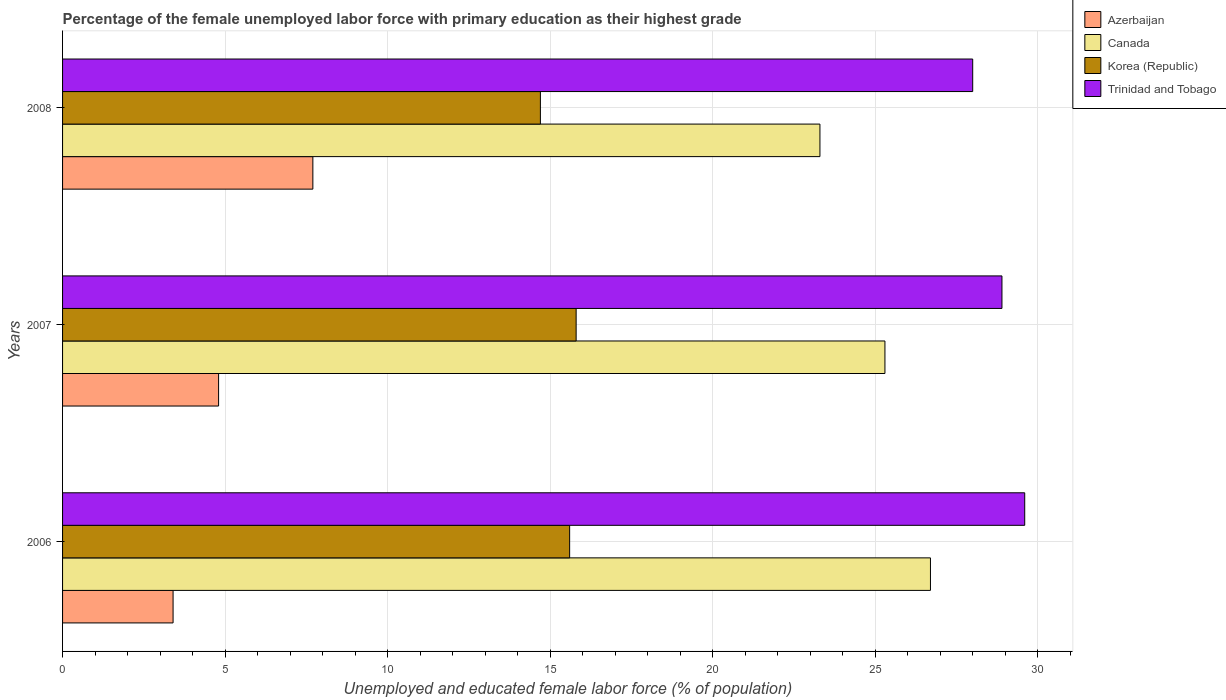
| Years | Azerbaijan | Canada | Korea (Republic) | Trinidad and Tobago |
 | --- | --- | --- | --- | --- |
 | 2006 | 3.4 | 26.7 | 15.6 | 29.6 |
 | 2007 | 4.8 | 25.3 | 15.8 | 28.9 |
 | 2008 | 7.7 | 23.3 | 14.7 | 28 |